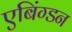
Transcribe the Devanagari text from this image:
एबिंग्डन